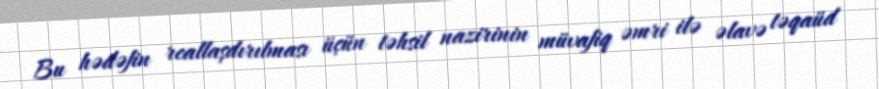
Bu hədəfin reallaşdırılması üçün təhsil nazirinin müvafiq əmri ilə əlavə təqaüd